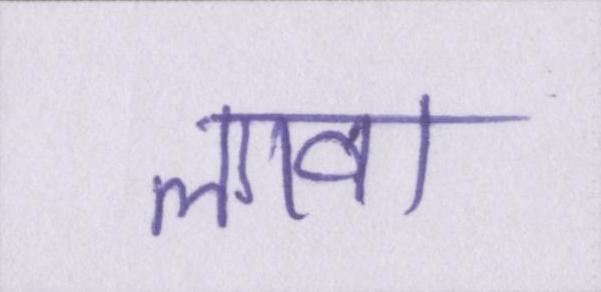
लावा